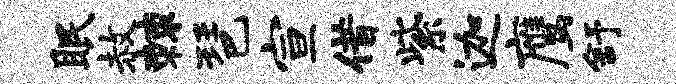
眠赦棘琶宣借紫迦鹰舒